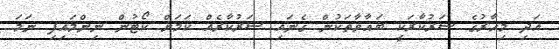
އަދި މިހާރުގެ ސަރުކާރަކީ ބަޣާވާތަކުން ގެނައި ސަރުކާރެއް ކަމަށް ކޯޓުން ނިންމައިފި ނަމަ